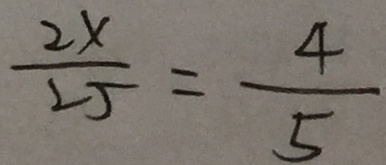
\frac { 2 x } { 2 5 } = \frac { 4 } { 5 }